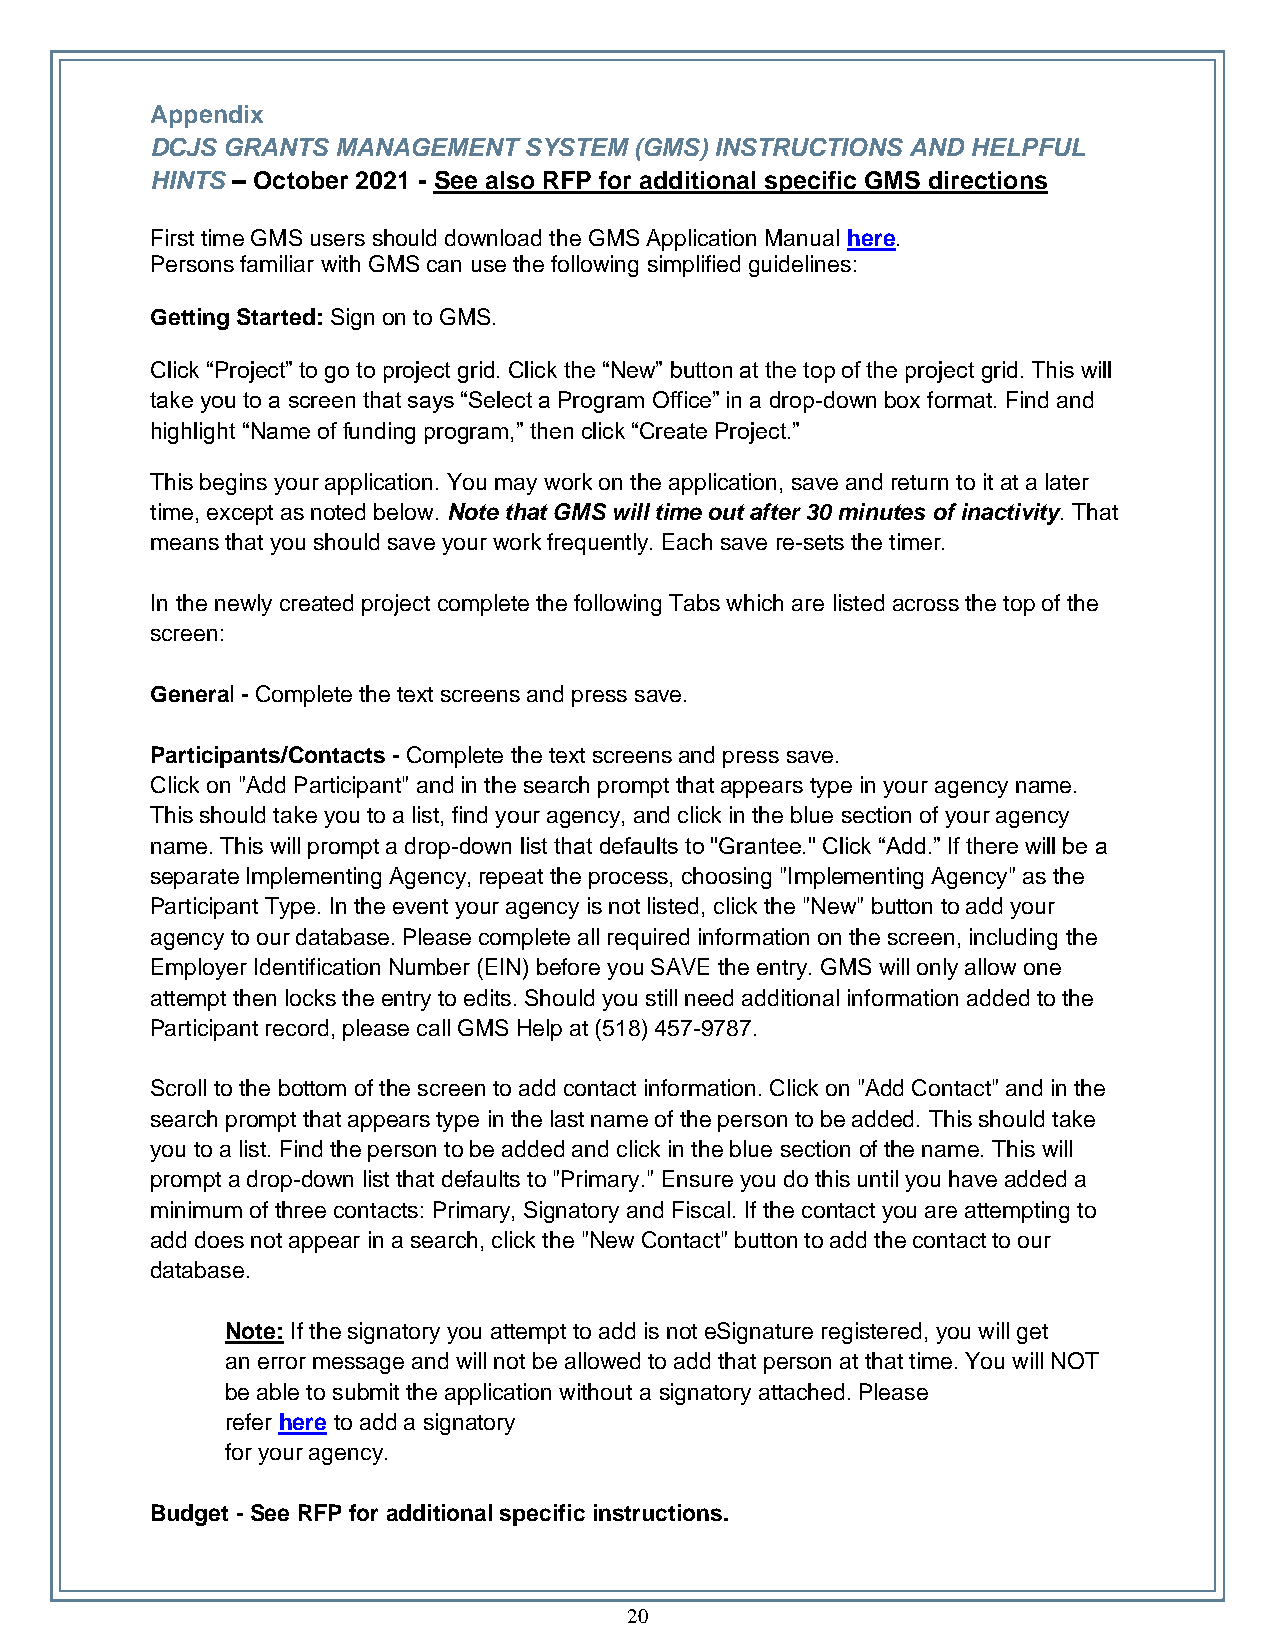
Appendix
 DCJS GRANTS MANAGEMENT   SYSTEM (GMS) INSTRUCTIONS AND HELPFUL
 HINTS – October 2021 - See also RFP for additional specific GMS directions
 First time GMS users should download the GMS Application Manual here.
 Persons familiar with GMS can use the following simplified guidelines:
 Getting Started: Sign on to GMS.
 Click “Project” to go to project grid. Click the “New” button at the top of the project grid. This will
 take you to a screen that says “Select a Program Office” in a drop-down box format. Find and
 highlight “Name of funding program,” then click “Create Project.”
 This begins your application. You may work on the application, save and return to it at a later
 time, except as noted below. Note that GMS will time out after 30 minutes of inactivity. That
 means that you should save your work frequently. Each save re-sets the timer.
 In the newly created project complete the following Tabs which are listed across the top of the
 screen:
 General - Complete the text screens and press save.
 Participants/Contacts - Complete the text screens and press save.
 Click on "Add Participant" and in the search prompt that appears type in your agency name.
 This should take you to a list, find your agency, and click in the blue section of your agency
 name. This will prompt a drop-down list that defaults to "Grantee." Click “Add.” If there will be a
 separate Implementing Agency, repeat the process, choosing "Implementing Agency" as the
 Participant Type. In the event your agency is not listed, click the "New" button to add your
 agency to our database. Please complete all required information on the screen, including the
 Employer Identification Number (EIN) before you SAVE the entry. GMS will only allow one
 attempt then locks the entry to edits. Should you still need additional information added to the
 Participant record, please call GMS Help at (518) 457-9787.
 Scroll to the bottom of the screen to add contact information. Click on "Add Contact" and in the
 search prompt that appears type in the last name of the person to be added. This should take
 you to a list. Find the person to be added and click in the blue section of the name. This will
 prompt a drop-down list that defaults to "Primary." Ensure you do this until you have added a
 minimum of three contacts: Primary, Signatory and Fiscal. If the contact you are attempting to
 add does not appear in a search, click the "New Contact" button to add the contact to our
 database.
 Note: If the signatory you attempt to add is not eSignature registered, you will get
 an error message and will not be allowed to add that person at that time. You will NOT
 be able to submit the application without a signatory attached. Please
 refer here to add a signatory
 for your agency.
 Budget - See RFP for additional specific instructions.
 20